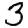
Digit: 3